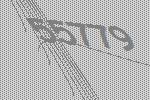
55779